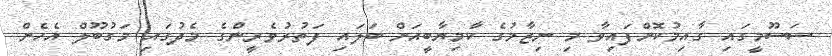
ސަސޫމީގައި ގާއިމުކޮށްފައިވާ މި ނިޒާމުގެ ކާމިޔާބީއަށް ބަލައި ފަތުރުވެރީންގެ މެދުގައި މަގުބޫލް އެހެން